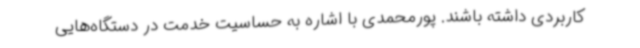
کاربردی داشته باشند. پورمحمدی با اشاره به حساسیت خدمت در دستگاه‌هایی